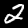
Label: 2